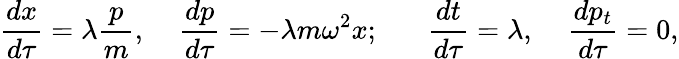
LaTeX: {\frac{dx}{d\tau}}=\lambda{\frac{p}{m}},\; \; \; \; {\frac{dp}{d\tau}}=-\lambda m\omega^{2}x;\; \; \; \; \; \; {\frac{dt}{d\tau}}=\lambda,\; \; \; \; {\frac{dp_{t}}{d\tau}}=0,